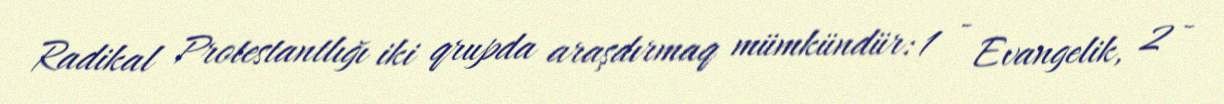
Radikal Protestantlığı iki qrupda araşdırmaq mümkündür: 1 - Evangelik, 2 -